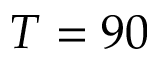
T = 9 0